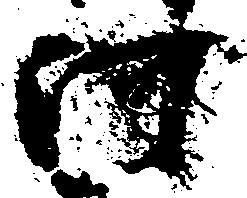
河